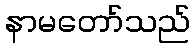
နာမတော်သည်